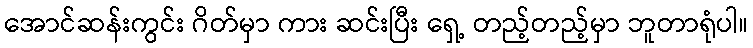
အောင်ဆန်းကွင်း ဂိတ်မှာ ကား ဆင်းပြီး ရှေ့ တည့်တည့်မှာ ဘူတာရုံပါ။